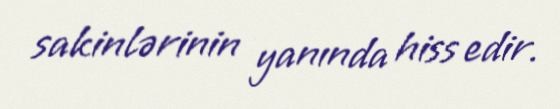
sakinlərinin yanında hiss edir.